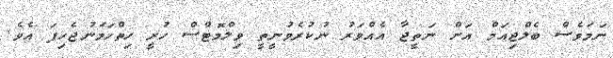
ނަމަވެސް ބެލްޖިއަމް އަށް ނަތީޖާ އެއްވަރު ނުކުރެވުނީތީ ވިލްމޮޓްސް ހުރީ ހިތްހަމަނުޖެހިފަ އެވެ.